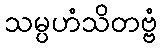
သမ္ပဟံသိတဗ္ဗံ